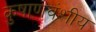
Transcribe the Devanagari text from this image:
कुषाणवंशीय